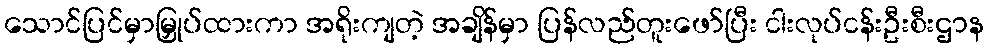
သောင်ပြင်မှာမြှုပ်ထားကာ အရိုးကျတဲ့ အချိန်မှာ ပြန်လည်တူးဖော်ပြီး ငါးလုပ်ငန်းဦးစီးဌာန